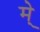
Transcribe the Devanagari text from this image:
मे्